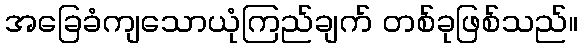
အခြေခံကျသောယုံကြည်ချက် တစ်ခုဖြစ်သည်။